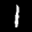
Label: 1